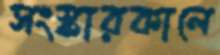
সংস্কারকালে